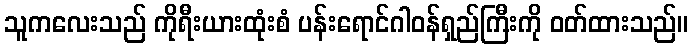
သူကလေးသည် ကိုရီးယားထုံးစံ ပန်းရောင်ဂါဝန်ရှည်ကြီးကို ဝတ်ထားသည်။